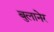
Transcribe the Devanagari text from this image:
बुलानेर